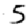
Digit: 5